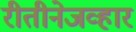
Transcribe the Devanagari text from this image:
रीतीनेजव्हार